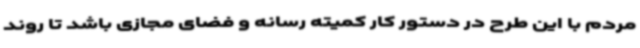
مردم با این طرح در دستور کار کمیته رسانه و فضای مجازی باشد تا روند